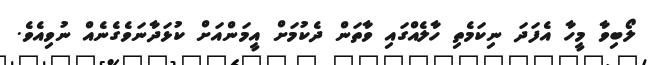
ލޯބިވާ މީހާ އެފަދަ ނިކަމެތި ހާލެއްގައި ވާތަން ދެކުމަށް އީމަންއަށް ކުޅަދާނަވެގެނެއް ނުވިއެވެ.